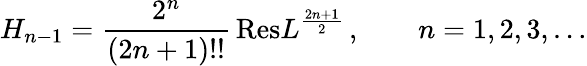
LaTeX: H_{n-1}=\frac{2^{n}}{(2n+1)!!}\, \mathrm{Res}L^{\frac{2n+1}{2}}\, ,\qquad n=1,2,3,\dots